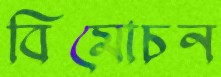
বিমোচন